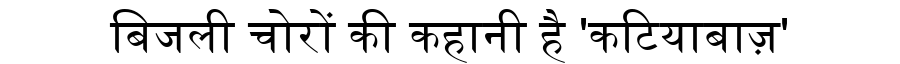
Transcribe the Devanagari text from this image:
बिजली चोरों की कहानी है 'कटियाबाज़'